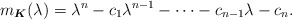
\begin{align*} m_{\boldsymbol{K}} (\lambda) =\lambda^n-c_1 \lambda^{n-1}-\cdots -c_{n-1}\lambda-c_n .\end{align*}